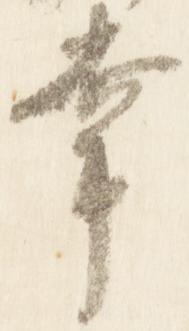
幸